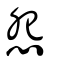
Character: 怨